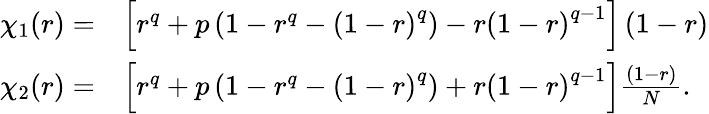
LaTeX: \begin{array}{rl}{\chi_{1}(r)=}&{\left[r^{q}+p\left(1-r^{q}-\left(1-r\right)^{q}\right)-r\left(1-r\right)^{q-1}\right]\left(1-r\right)}\\ {\chi_{2}(r)=}&{\left[r^{q}+p\left(1-r^{q}-\left(1-r\right)^{q}\right)+r\left(1-r\right)^{q-1}\right]\frac{\left(1-r\right)}{N}.}\end{array}